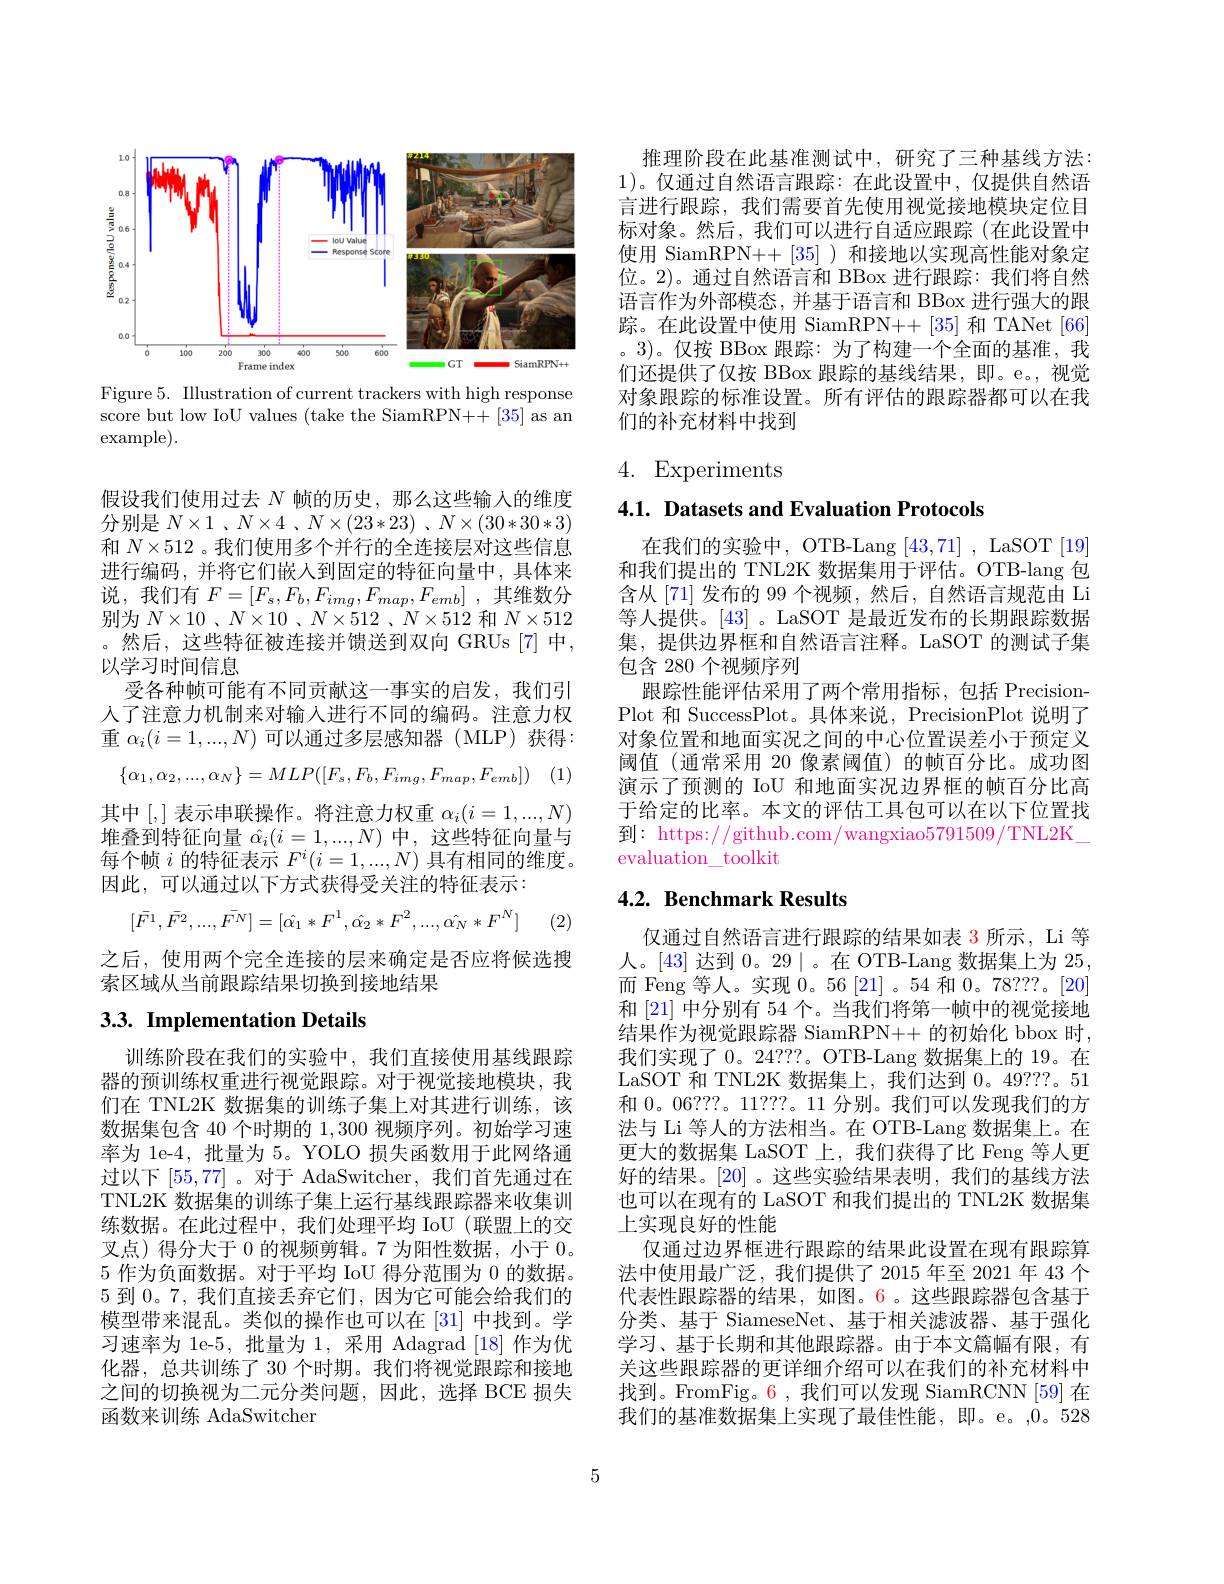
<FigureHere>

Figure 5. Illustration of current trackers with high response score but low IoU values (take the SiamRPN++[35] as an example).

假设我们使用过去$N$帧的历史，那么这些输人的维度分别是$N\times 1$ $、 N\times 4$ $、 N\times ( 23* 23)$ $、 N\times ( 30* 30* 3)$ 和$N\times512$ 。我们使用多个并行的全连接层对这些信息进行编码，并将它们嵌入到固定的特征向量中，具体来说，我们有$F= [ F_s, F_b, F_{img}, F_{map}, F_{emb}]$ ,其维数分别为$N\times10$ 、$N\times10$ 、$N\times512$ 、$N\times512$和$N\times512$ 。然后，这些特征被连接并馈送到双向 GRUs[7]中， 以学习时间信息
受各种帧可能有不同贡献这一事实的启发，我们引人了注意力机制来对输入进行不同的编码。注意力权重$\alpha_i(i=1,...,N)$可以通过多层感知器(MLP)获得：
$$\{\alpha_1,\alpha_2,...,\alpha_N\}=MLP([F_s,F_b,F_{img},F_{map},F_{emb}])$$
其中[,]表示串联操作。将注意力权重$\alpha_i(i=1,...,N)$ 堆叠到特征向量$\hat{\alpha}_i(i=1,...,N)$中，这些特征向量与每个帧$i$的特征表示$F^i(i=1,...,N)$具有相同的维度。因此，可以通过以下方式获得受关注的特征表示：
$$[\bar{F^{1}},\bar{F^{2}},...,\bar{F^{N}}]=[\hat{\alpha_{1}}*F^{1},\hat{\alpha_{2}}*F^{2},...,\hat{\alpha_{N}}*F^{N}]$$
(2)

之后，使用两个完全连接的层来确定是否应将候选搜
索区域从当前跟踪结果切换到接地结果

# 3.3. Implementation Details

训练阶段在我们的实验中，我们直接使用基线跟踪器的预训练权重进行视觉跟踪。对于视觉接地模块，我们在 TNL2K 数据集的训练子集上对其进行训练，该数据集包含 40 个时期的1，300视频序列。初始学习速率为 1e-4, 批量为 5。YOLO 损失函数用于此网络通过以下[55,77]。对于 AdaSwitcher,我们首先通过在TNL2K 数据集的训练子集上运行基线跟踪器来收集训练数据。在此过程中，我们处理平均 IoU(联盟上的交叉点)得分大于 0 的视频剪辑。7 为阳性数据，小于0。5作为负面数据。对于平均 IoU 得分范围为0的数据。5 到 0。7, 我们直接丢弃它们，因为它可能会给我们的模型带来混乱。类似的操作也可以在 [31] 中找到。学习速率为 1e-5, 批量为 1, 采用 Adagrad [18] 作为优化器，总共训练了 30 个时期。我们将视觉跟踪和接地之间的切换视为二元分类问题，因此，选择 BCE 损失函数来训练 AdaSwitcher

推理阶段在此基准测试中，研究了三种基线方法： 1)。仅通过自然语言跟踪：在此设置中，仅提供自然语言进行跟踪，我们需要首先使用视觉接地模块定位目标对象。然后，我们可以进行自适应跟踪(在此设置中使用 SiamRPN++[35])和接地以实现高性能对象定位。2)。通过自然语言和 BBox 进行跟踪：我们将自然语言作为外部模态，并基于语言和 BBox 进行强大的跟踪。在此设置中使用 SiamRPN++[35] 和 TANet[66] 。3)。仅按 BBox 跟踪：为了构建一个全面的基准，我们还提供了仅按 BBox 跟踪的基线结果，即。e。,视觉对象跟踪的标准设置。所有评估的跟踪器都可以在我们的补充材料中找到

## 4. Experiments

4.1. Datasets and Evaluation Protocols

在我们的实验中，OTB-Lang [43,71] , LaSOT [19] 和我们提出的 TNL2K 数据集用于评估。OTB-lang 包含从[71]发布的 99 个视频，然后，自然语言规范由 Li 等人提供。[43] 。LaSOT 是最近发布的长期跟踪数据集，提供边界框和自然语言注释。LaSOT 的测试子集包含 280 个视频序列
跟踪性能评估采用了两个常用指标，包括 PrecisionPlot 和 SuccessPlot。具体来说，PrecisionPlot 说明了对象位置和地面实况之间的中心位置误差小于预定义阈值 (通常采用 20 像素阈值)的帧百分比。成功图演示了预测的 IoU 和地面实况边界框的帧百分比高于给定的比率。本文的评估工具包可以在以下位置找到：https://github.com/wangxiao5791509/TNL2K evaluation\_ toolkit

## 4.2. Benchmark Results

仅通过自然语言进行跟踪的结果如表 3 所示，Li 等人。[43] 达到0。29$\mid$。在 OTB-Lang 数据集上为25而 Feng 等人。实现0。56[21]。54 和0。78???。[20] 和 [21] 中分别有 54 个。当我们将第一帧中的视觉接地结果作为视觉跟踪器 SiamRPN++ 的初始化 bbox 时， 我们实现了 0。24???。OTB-Lang 数据集上的 19。在LaSOT 和 TNL2K 数据集上，我们达到0。49???。51和0。06???。11???。11 分别。我们可以发现我们的方法与 Li 等人的方法相当。在 OTB-Lang 数据集上。在更大的数据集 LaSOT 上，我们获得了比 Feng 等人更好的结果。[20] 。这些实验结果表明，我们的基线方法也可以在现有的 LaSOT 和我们提出的 TNL2K 数据集上实现良好的性能
仅通过边界框进行跟踪的结果此设置在现有跟踪算法中使用最广泛，我们提供了2015 年至 2021 年 43 个代表性跟踪器的结果，如图。6。这些跟踪器包含基于分类、基于 SiameseNet、基于相关滤波器、基于强化学习、基于长期和其他跟踪器。由于本文篇幅有限，有关这些跟踪器的更详细介绍可以在我们的补充材料中找到。FromFig。6,我们可以发现 SiamRCNN[59]在我们的基准数据集上实现了最佳性能，即。e。,0。528

5